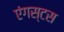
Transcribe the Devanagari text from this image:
एंगस्टस